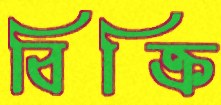
বিক্রি